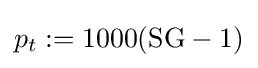
p_{t}:=1000({\text{SG}}-1)